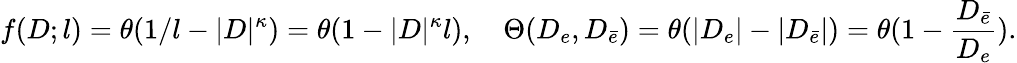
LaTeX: f(D;l)=\theta(1/l-|D|^{\kappa})=\theta(1-|D|^{\kappa}l),\quad\Theta(D_{e},D_{\bar{e}})=\theta(|D_{e}|-|D_{\bar{e}}|)=\theta(1-\frac{D_{\bar{e}}}{D_{e}}).